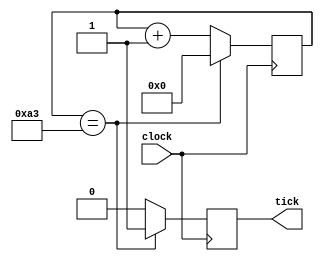
`timescale 1ns / 1ps

module br_generator(
        input clock,
        output reg tick
	 );

	reg [7:0] ciclos=8'b0;
	
	/*initial 
		ciclos=0;*/

	always @(posedge clock)
		begin
			if(ciclos==163)
				begin
					tick=1;
					ciclos=0;
				end
			else
				begin
					ciclos=ciclos+1;
					tick=0;
				end
		end	
	
endmodule